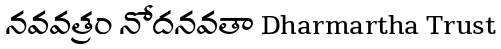
నవవత్రం నోదనవతా Dharmartha Trust